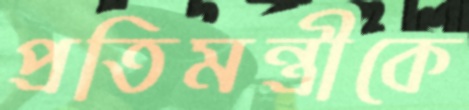
প্রতিমন্ত্রীকে